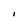
Character: I